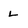
Character: L